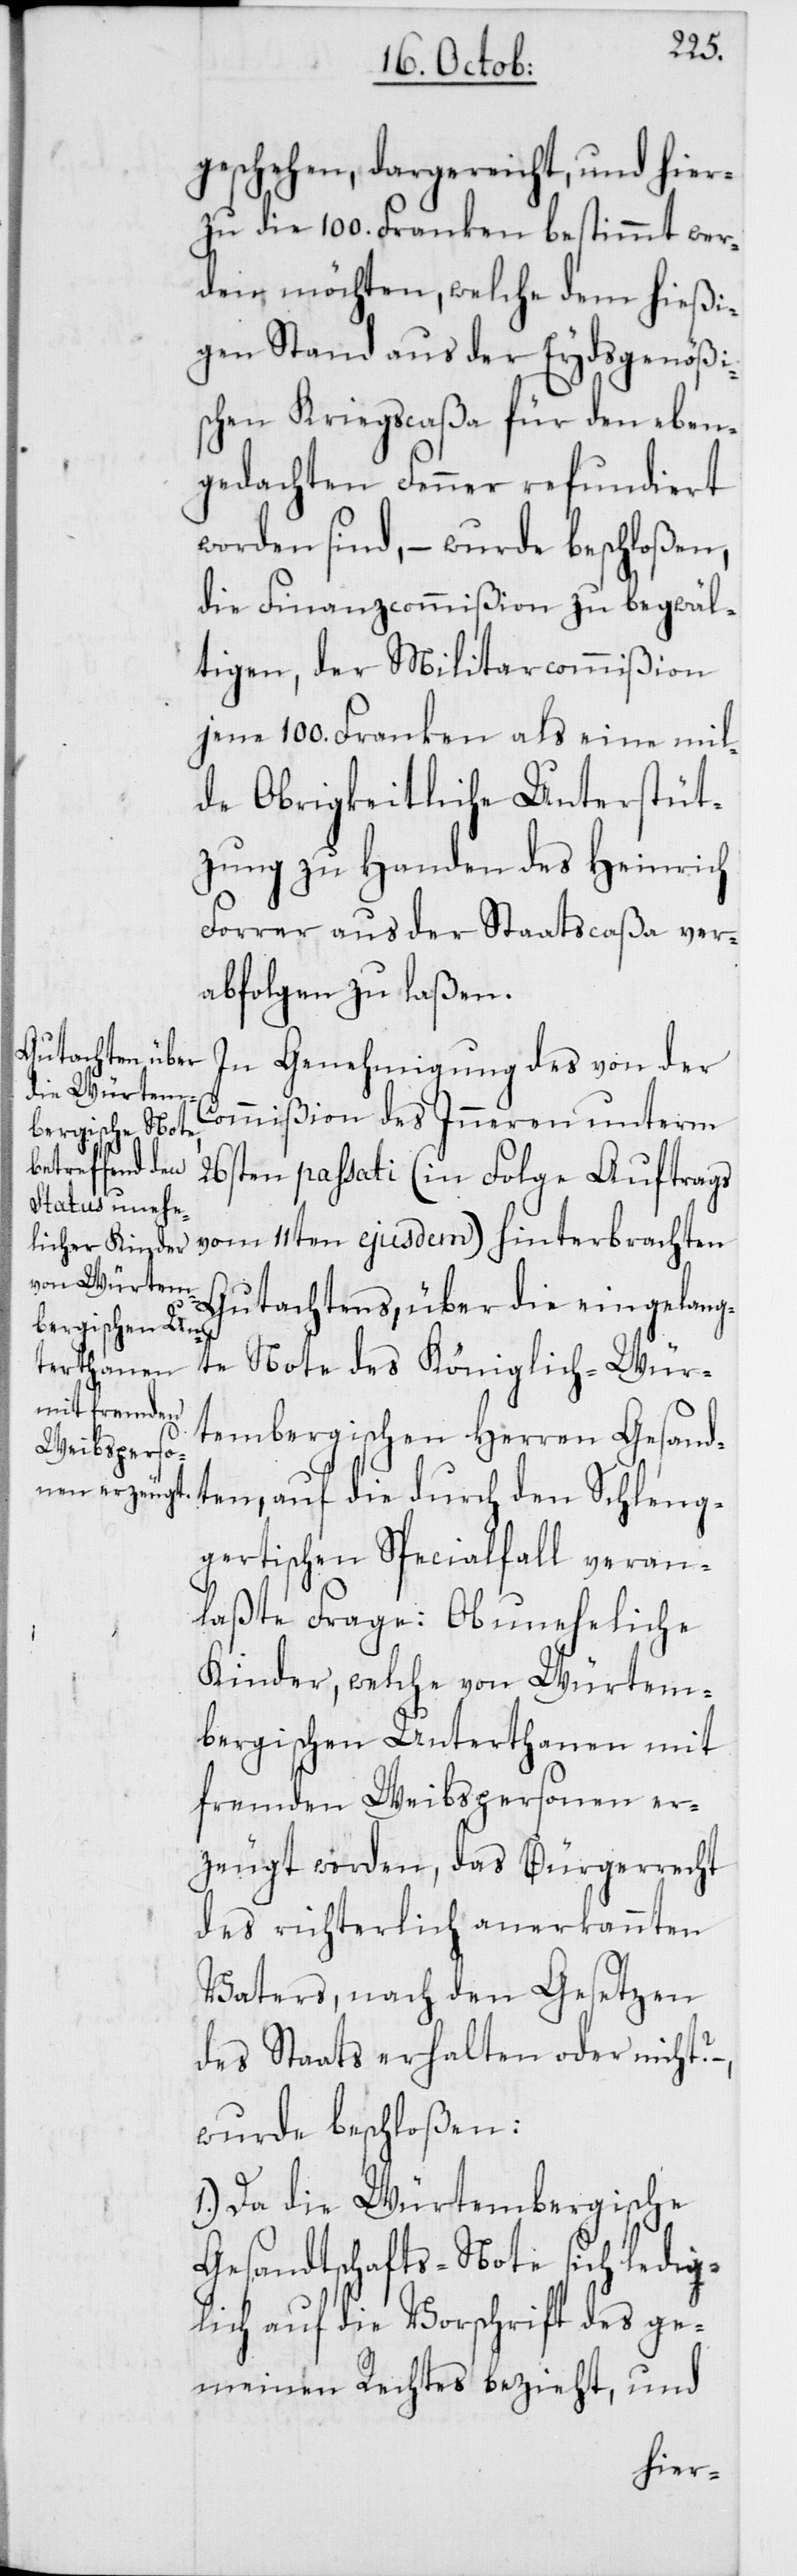
geschehen, dargereicht, und hier¬
zu die 100. Franken bestimmt wer¬
den möchten, welche dem hießi¬
gen Stand aus der Eydsgenößi¬
schen Kriegscaßa für den eben¬
gedachten Fenner refundiert
worden sind, – wurde beschloßen,
die Finanzcommißion zu begwäl¬
tigen, der Militarcommißion
jene 100. Franken als eine mil¬
de Obrigkeitliche Unterstüt¬
zung zu Handen des Heinrich
Forrer aus der Staatscaßa ver¬
abfolgen zu laßen.
In Genehmigung des von der
Commißion des Inneren unterm
26sten passati (in Folge Auftrags
vom 11ten ejusdem) hinterbrachten
Gutachtens, über die eingelang¬
te Note des Königlich-Wür¬
tembergischen Herren Gesand¬
ten, auf die durch den Schleng¬
gertischen Spezialfall veran¬
laßte Frage: Ob uneheliche
Kinder, welche von Würtem¬
bergischen Unterthanen mit
fremden Weibspersonen er¬
zeugt worden, das Bürgerrecht
des richterlich anerkannten
Vaters, nach den Gesetzen
des Staats erhalten oder nicht?
wurde beschloßen:
1. Da die Würtembergische
Gesandtschafts-Note sich ledig¬
lich auf die Vorschrift des ge¬
meinen Rechtes bezieht, und